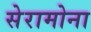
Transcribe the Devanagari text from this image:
सेरामोना